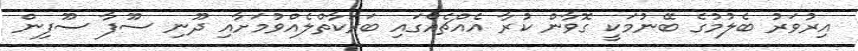
އިރުވަރު ބެލުމުގެ ބޭނުމަކީ ގޮވާން ކުރާ އެއްޗެއްގައި ބަރަކާތްލެއްވުމަށާއި ދޫނި ސޫފާ ސޫފިން